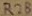
Text: R28